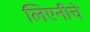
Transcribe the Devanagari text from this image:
लिएनीचे